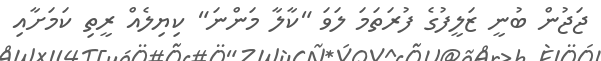
ޖަޖުން ބުނީ ޒަލީފުގެ ފުރަތަމަ ލަވަ "ކާލާ މަންނަ" ކިޔިލެއް ރީތި ކަމަށާއި